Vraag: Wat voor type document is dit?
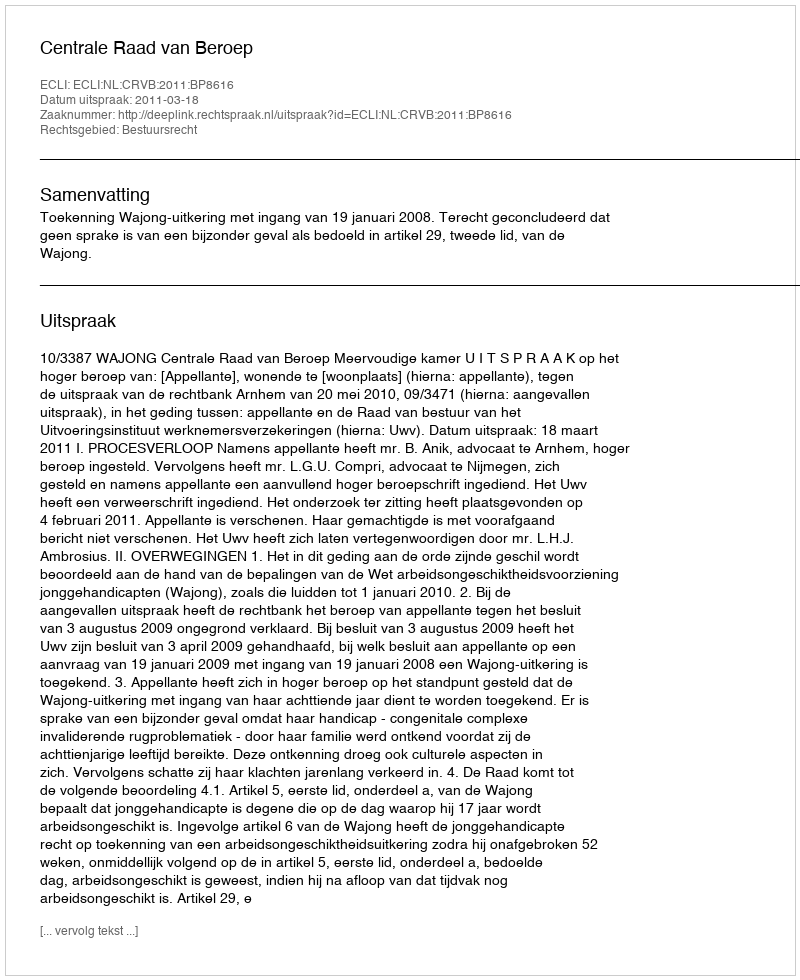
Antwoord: Uitspraak